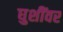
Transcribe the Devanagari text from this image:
घुशींवर